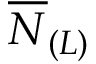
\overline { { N } } _ { ( L ) }